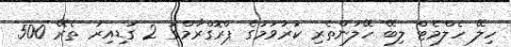
ހިލޭ ހެލްމެޓް ލިބޭ ހޭލުންތެރި ކުރުވުމުގެ ޕްރޮގްރާމްގަ 2 ގަޑިއިރު ތެރޭ 500